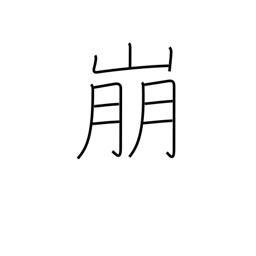
Meaning: demolish